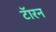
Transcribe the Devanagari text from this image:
टॅारन